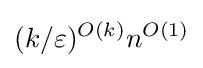
(k/\varepsilon )^{O(k)}n^{O(1)}